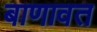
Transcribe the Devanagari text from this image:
बाणावत